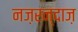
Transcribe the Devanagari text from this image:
नज़रन्दाज़